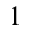
1